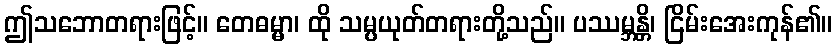
ဤသဘောတရားဖြင့်။ တေဓမ္မာ၊ ထို သမ္ပယုတ်တရားတို့သည်။ ပဿမ္ဘန္တိ၊ ငြိမ်းအေးကုန်၏။